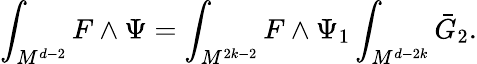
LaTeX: \int_{M^{d-2}}F\wedge\Psi=\int_{M^{2k-2}}F\wedge\Psi_{1}\int_{M^{d-2k}}\bar{G}_{2}.